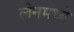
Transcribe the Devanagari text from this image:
लेनमध्ये